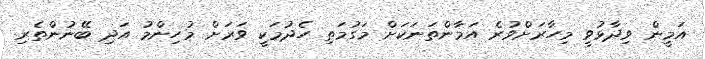
އަމީން ވިދާޅުވީ މިހާރަށްވުރެ އަމާންތަނަކަށް މަގުމަތި ހެދުމަކީ ވަރަށް މުހިންމު އަދި ބޭނުންތެރި